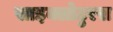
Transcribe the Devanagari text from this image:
साइक्लोटुरस